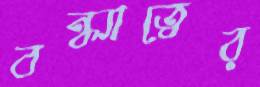
বন্ধ্যাত্বের